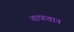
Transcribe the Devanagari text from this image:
ताफतान